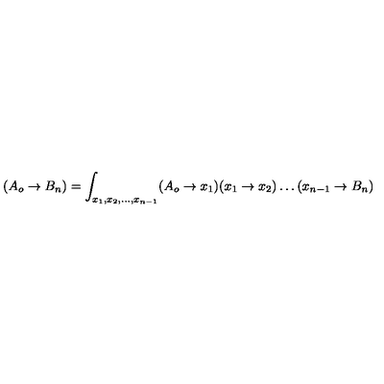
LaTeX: ( A _ { o } \rightarrow B _ { n } ) = \int _ { x _ { 1 } , x _ { 2 } , \dots , x _ { n - 1 } } ( A _ { o } \rightarrow x _ { 1 } ) ( x _ { 1 } \rightarrow x _ { 2 } ) \dots ( x _ { n - 1 } \rightarrow B _ { n } )